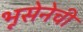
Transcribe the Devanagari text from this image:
भूसेनेची